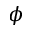
\phi